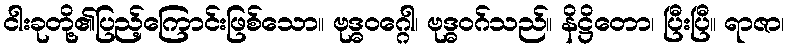
ငါးခုတို့၏ပြည့်ကြောင်းဖြစ်သော။ ဗုဒ္ဓဝဂ္ဂေါ၊ ဗုဒ္ဓဝဂ်သည်။ နိဋ္ဌိတော၊ ပြီးပြီ။ ရာဇာ၊